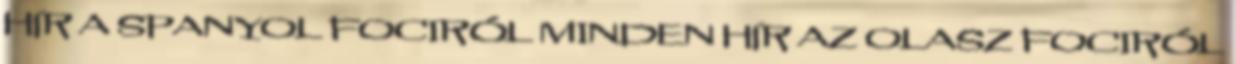
HÍR A SPANYOL FOCIRÓL MINDEN HÍR AZ OLASZ FOCIRÓL